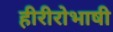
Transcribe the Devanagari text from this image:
हीरीरोभाषी